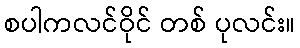
စပါကလင်ဝိုင် တစ် ပုလင်း။